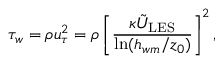
\tau _ { w } = \rho u _ { \tau } ^ { 2 } = \rho \left[ \frac { \kappa \tilde { U } _ { \mathrm { L E S } } } { \ln ( h _ { w m } / z _ { 0 } ) } \right] ^ { 2 } ,